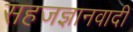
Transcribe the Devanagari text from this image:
सहजज्ञानवादी